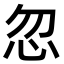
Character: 忽